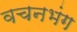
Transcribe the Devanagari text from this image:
वचनभंग